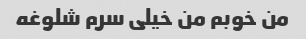
من خوبم من خیلی سرم شلوغه